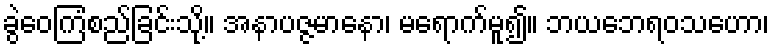
ခွဲဝေကြံစည်ခြင်းသို့။ အနာပဇ္ဇမာနော၊ မရောက်မူ၍။ ဘယဘေရဝသဟော၊